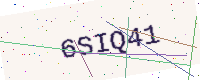
Text: 6SIQ41